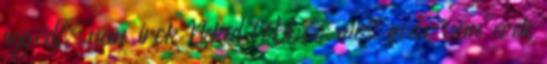
aggódj, nem írok Neked többé, most már nem érek